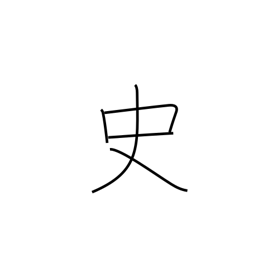
Meaning: chronicle